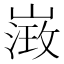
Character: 𡻶